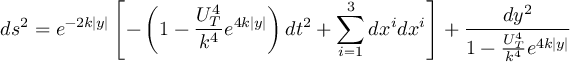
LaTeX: d s ^ { 2 } = e ^ { - 2 k \mid y \mid } \left[ - \left( 1 - \frac { U _ { T } ^ { 4 } } { k ^ { 4 } } e ^ { 4 k \mid y \mid } \right) d t ^ { 2 } + \sum _ { i = 1 } ^ { 3 } d x ^ { i } d x ^ { i } \right] + \frac { d y ^ { 2 } } { 1 - \frac { U _ { T } ^ { 4 } } { k ^ { 4 } } e ^ { 4 k \mid y \mid } }